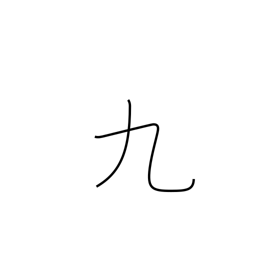
Meaning: nine